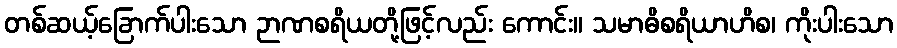
တစ်ဆယ့်ခြောက်ပါးသော ဉာဏစရိယတို့ဖြင့်လည်း ကောင်း။ သမာဓိစရိယာဟိစ၊ ကိုးပါးသော